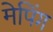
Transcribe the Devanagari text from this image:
मेपिंग